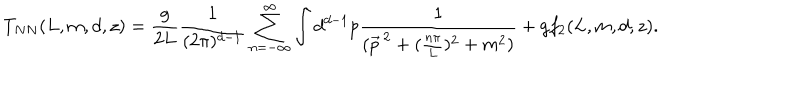
LaTeX: T _ { N N } ( L , m , d , z ) = \frac { g } { 2 L } \frac { 1 } { ( 2 \pi ) ^ { d - 1 } } \sum _ { n = - \infty } ^ { \infty } \int d ^ { d - 1 } p \frac { 1 } { ( \vec { p } ^ { \, 2 } + ( \frac { n \pi } { L } ) ^ { 2 } + m ^ { 2 } ) } + g f _ { 2 } ( L , m , d , z ) .